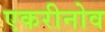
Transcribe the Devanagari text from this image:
एकरीनोव